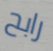
رابح